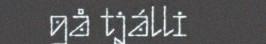
gå tjálli